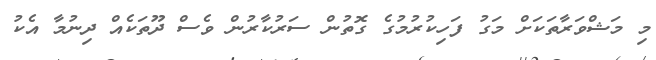
މި މަޝްވަރާތަކަށް މަގު ފަހިކުރުމުގެ ގޮތުން ސަރުކާރުން ވެސް ދޫތަކެއް ދިނުމާ އެކު